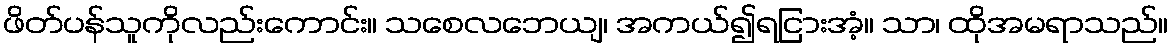
ဖိတ်ပန်သူကိုလည်းကောင်း။ သစေလဘေယျ၊ အကယ်၍ရငြားအံ့။ သာ၊ ထိုအမရာသည်။